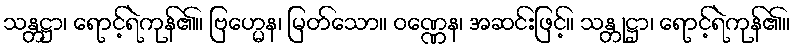
သန္တဋ္ဌာ၊ ရောင့်ရဲကုန်၏။ ဗြဟ္မေန၊ မြတ်သော။ ဝဏ္ဏေန၊ အဆင်းဖြင့်။ သန္တုဋ္ဌာ၊ ရောင့်ရဲကုန်၏။